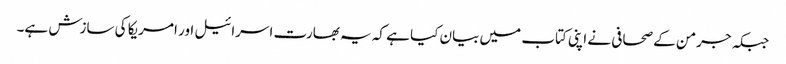
جبکہ جرمن کے صحافی نے اپنی کتاب میں بیان کیا ہے کہ یہ بھارت اسرائیل اور امریکا کی سازش ہے۔